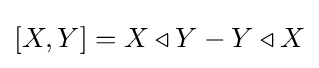
\left[X,Y\right]=X\triangleleft Y-Y\triangleleft X